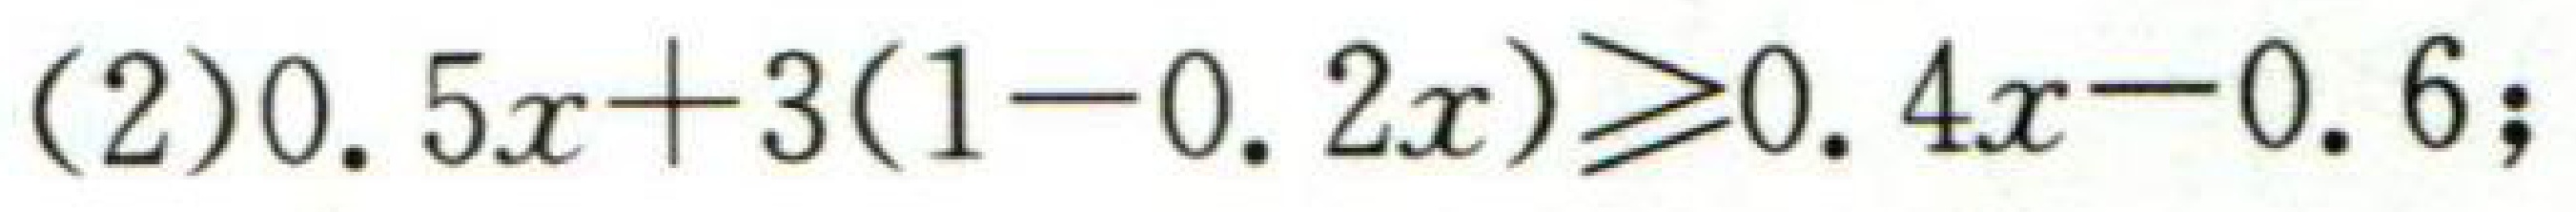
\((2)0.5x + 3(1 - 0.2x)\geqslant0.4x - 0.6;\)